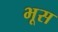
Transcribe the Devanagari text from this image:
भूस